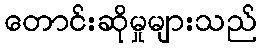
တောင်းဆိုမှုများသည်